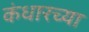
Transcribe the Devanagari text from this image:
कंधारच्या